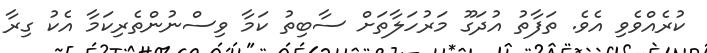
ކުރެއްވެވި އެވެ. ތަފާތު އުދަގޫ މަރުހަލާތަށް ސާބިތު ކަމާ ވިސްނުންތެރިކަމާ އެކު ގިރާ